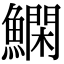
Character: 𬵬